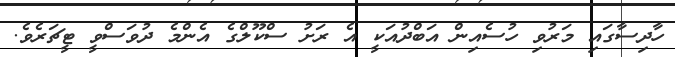
ހާދިސާގައި މަރުވި ހުސެއިން އަބްދުއަކީ އެ ރަށު ސްކޫލްގެ އެންމެ ދުވަސްވީ ޓީޗަރެވެ.